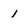
Character: 1